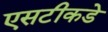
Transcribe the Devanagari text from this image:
एसटीकडे